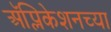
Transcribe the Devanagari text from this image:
अॅप्लिकेशनच्या